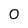
Character: 0